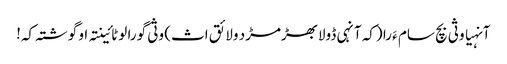
آنہیا وثی بچ سام ءَ را (کہ آنہی ڈولابھڑمڑد ولائق اث) وثی گورا لوٹائینتہ او گوشتہ کہ!